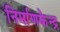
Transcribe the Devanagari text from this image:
निर्माणकेन्द्र